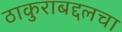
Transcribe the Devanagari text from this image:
ठाकुराबद्दलचा